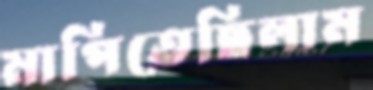
মাপিতেছিলাম